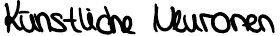
Künstliche Neuronen